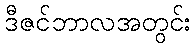
ဒီဇင်ဘာလအတွင်း